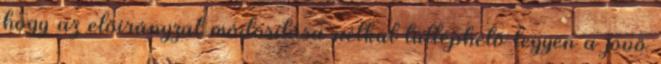
hogy az előirányzat módosítása nélkül túlléphető legyen a jövő